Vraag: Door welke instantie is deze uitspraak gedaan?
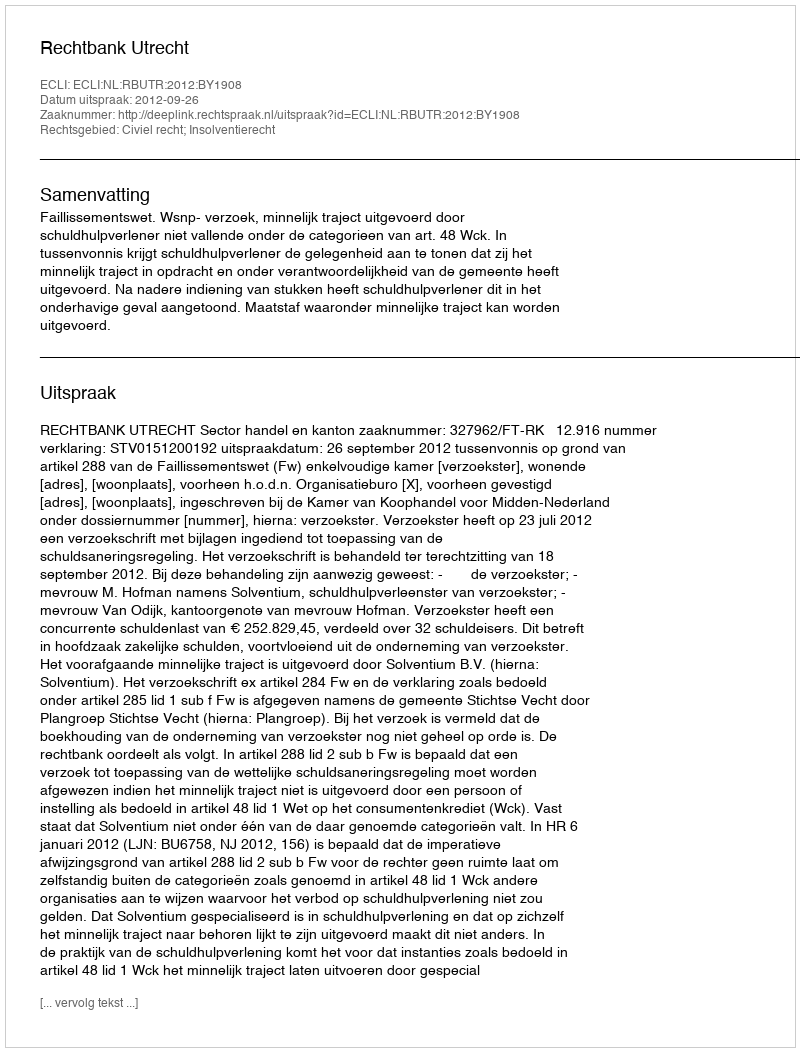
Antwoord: Rechtbank Utrecht